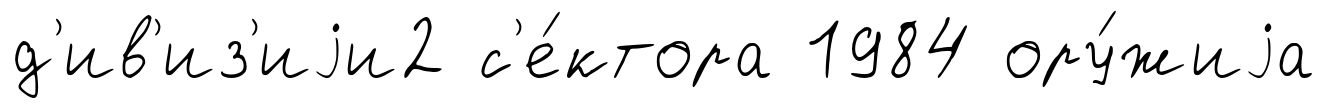
д'ив'из'иjи2 с'е́ктора 1984 ору́жиjа